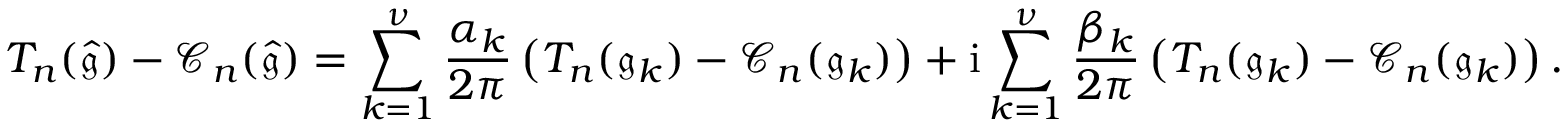
T _ { n } ( \widehat { \mathfrak { g } } ) - \mathcal { C } _ { n } ( \widehat { \mathfrak { g } } ) = \displaystyle \sum _ { k = 1 } ^ { \nu } \frac { \alpha _ { k } } { 2 \pi } \left( T _ { n } ( \mathfrak { g } _ { k } ) - \mathcal { C } _ { n } ( \mathfrak { g } _ { k } ) \right) + \mathrm { i } \displaystyle \sum _ { k = 1 } ^ { \nu } \frac { \beta _ { k } } { 2 \pi } \left( T _ { n } ( \mathfrak { g } _ { k } ) - \mathcal { C } _ { n } ( \mathfrak { g } _ { k } ) \right) .